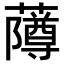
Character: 𬟌